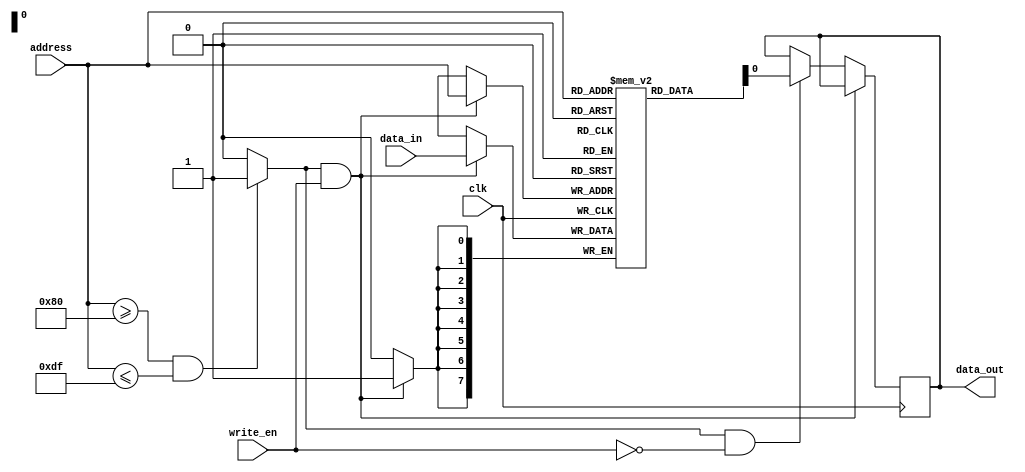
`timescale 1ns / 1ps

module data_memory(
    input clk,
    input [7:0] address,
    input [7:0] data_in,
    input write_en,
    output reg data_out);

    reg [7:0] RAM [128:223];
    reg enable;
    integer i;
    
     initial begin
        for (i = 128; i <= 223; i = i + 1) begin
            RAM[i] = 8'h00;
        end
    end

    always @(*) begin
        if(address >= 8'h80 && address <= 8'hDF) begin
            enable = 1'b1;
        end else begin
            enable = 1'b0;
        end
    end

    //need to check for <= operator on data_out part, it may be wrong.
    always @(posedge clk) begin
        if((enable == 1'b1) && (write_en == 1'b1)) begin
            RAM[address] <= data_in;
        end else if((enable == 1'b1) && (write_en == 1'b0)) begin
            data_out <= RAM[address];
        end
    end

endmodule